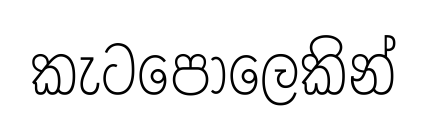
කැටපෝලෙකින්